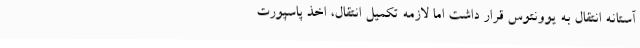
آستانه انتقال به یوونتوس قرار داشت اما لازمه تکمیل انتقال، اخذ پاسپورت